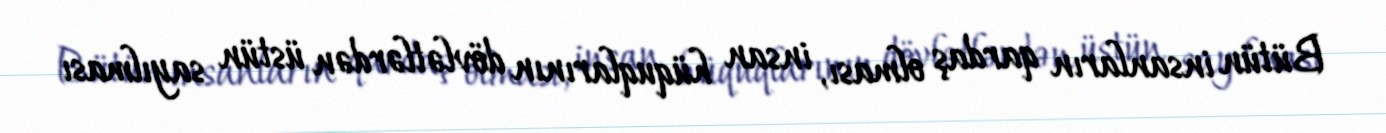
Bütün insanların qardaş olması, insan hüquqlarının dövlətlərdən üstün sayılması